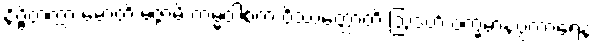
နိဗ္ဗိတက္ကာ မောတိ မဇ္ဇာမိ ကမ္မဝါစကံ ဝိဿတ္ထောတိ ဩဒဟိံ ဝက္ခမာနပ္ပကာရေန